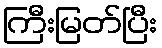
ကြီးမြတ်ပြီး